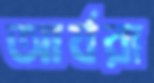
আর্যরা